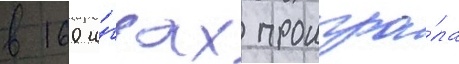
в 160 и́грах проигра́ла